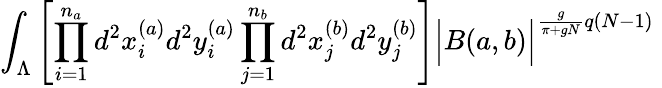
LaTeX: \int_{\Lambda}\left[\prod_{i=1}^{n_{a}}d^{2}x_{i}^{(a)}d^{2}y_{i}^{(a)}\prod_{j=1}^{n_{b}}d^{2}x_{j}^{(b)}d^{2}y_{j}^{(b)}\right]\Big|B(a,b)\Big|^{\frac{g}{\pi+gN}q(N-1)}\;